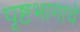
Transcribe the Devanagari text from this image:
पृष्टभागाचे